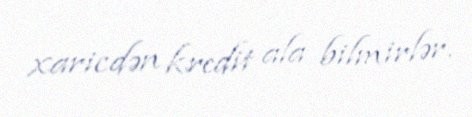
xaricdən kredit ala bilmirlər.